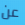
عن